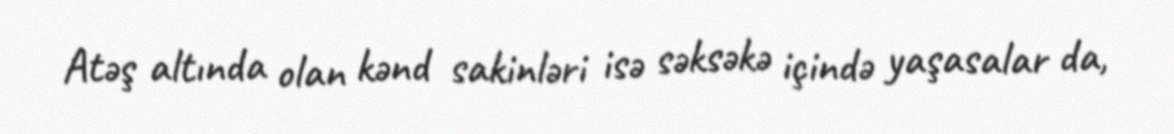
Atəş altında olan kənd sakinləri isə səksəkə içində yaşasalar da,